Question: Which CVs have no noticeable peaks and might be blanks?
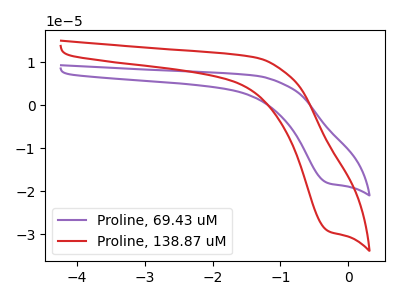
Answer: <think>The purple curve "Proline, 69.43 uM" has a cathodic peak at: (-0.30V, -18.15uA). The red curve "Proline, 138.87 uM" has a cathodic peak at: (-0.30V, -29.25uA).</think>
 <answer>There are not any CV's on this graph that are likely to be blanks.</answer>
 <eval>none</eval>